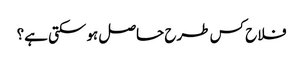
فلاح کس طرح حاصل ہوسکتی ہے؟